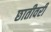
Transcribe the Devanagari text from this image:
छातीवरी